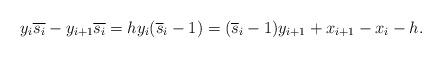
LaTeX: \begin{gather*}y_i \overline{s_i}-y_{i+1} \overline{s_i} = h y_i({\overline{s}}_i-1)=({\overline{s}}_i-1) y_{i+1} +x_{i+1} - x_i- h.\end{gather*}